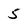
Character: 5